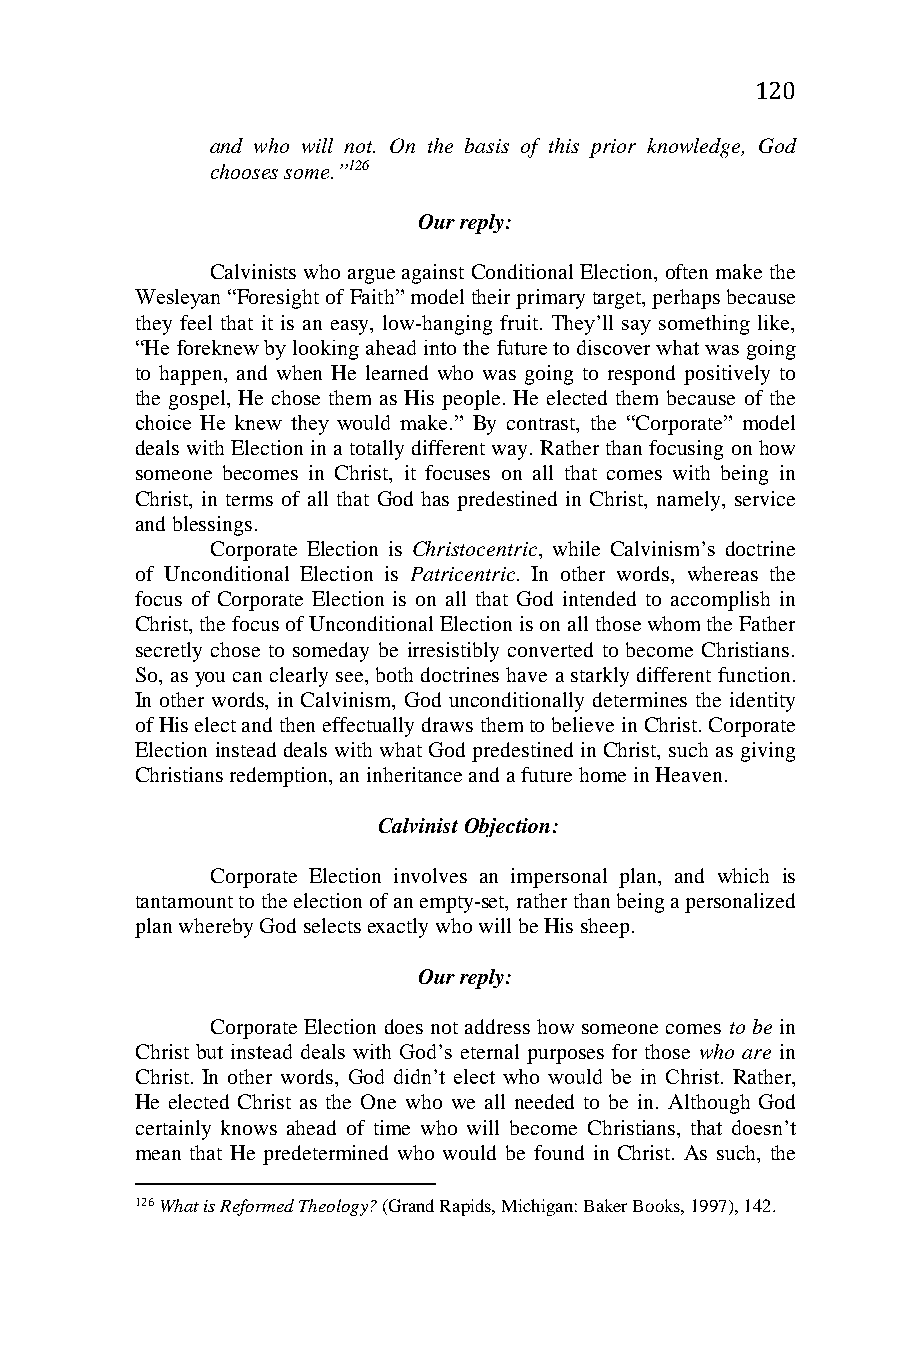
120
 and who will not. On the basis of this prior knowledge, God
 chooses some.”126
 Our reply:
 Calvinists who argue against Conditional Election, often make the
 Wesleyan “Foresight of Faith” model their primary target, perhaps because
 they feel that it is an easy, low-hanging fruit. They’ll say something like,
 “He foreknew by looking ahead into the future to discover what was going
 to happen, and when He learned who was going to respond positively to
 the gospel, He chose them as His people. He elected them because of the
 choice He knew they would make.” By contrast, the “Corporate” model
 deals with Election in a totally different way. Rather than focusing on how
 someone becomes in Christ, it focuses on all that comes with being in
 Christ, in terms of all that God has predestined in Christ, namely, service
 and blessings.
 Corporate Election is Christocentric, while Calvinism’s doctrine
 of Unconditional Election is Patricentric. In other words, whereas the
 focus of Corporate Election is on all that God intended to accomplish in
 Christ, the focus of Unconditional Election is on all those whom the Father
 secretly chose to someday be irresistibly converted to become Christians.
 So, as you can clearly see, both doctrines have a starkly different function.
 In other words, in Calvinism, God unconditionally determines the identity
 of His elect and then effectually draws them to believe in Christ. Corporate
 Election instead deals with what God predestined in Christ, such as giving
 Christians redemption, an inheritance and a future home in Heaven.
 Calvinist Objection:
 Corporate Election involves an impersonal plan, and which is
 tantamount to the election of an empty-set, rather than being a personalized
 plan whereby God selects exactly who will be His sheep.
 Our reply:
 Corporate Election does not address how someone comes to be in
 Christ but instead deals with God’s eternal purposes for those who are in
 Christ. In other words, God didn’t elect who would be in Christ. Rather,
 He elected Christ as the One who we all needed to be in. Although God
 certainly knows ahead of time who will become Christians, that doesn’t
 mean that He predetermined who would be found in Christ. As such, the
 126 What is Reformed Theology? (Grand Rapids, Michigan: Baker Books, 1997), 142.